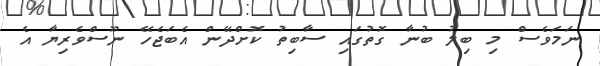
ނަމަވެސް މި ބިލު ބުނާ ގޮތުގައި ސާބިތު ކޮށްދޭން އެބަޖެހޭ ނޫސްވެރިޔާ އެ